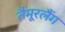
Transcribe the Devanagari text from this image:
तैमूरलैंग